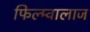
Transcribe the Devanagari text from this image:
फिल्म्वालाज